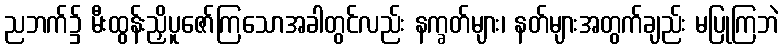
ညဘက်၌ မီးထွန်းညှိပူဇော်ကြသောအခါတွင်လည်း နက္ခတ်များ၊ နတ်များအတွက်ချည်း မပြုကြဘဲ